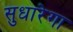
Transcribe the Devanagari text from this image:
सुधारेगा